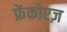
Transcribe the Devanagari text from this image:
फ्रेंकोएज़